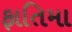
ફાતિમા